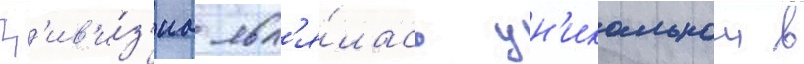
Д'ив'и́з'иа явл'я́лась ун'икальнои в